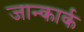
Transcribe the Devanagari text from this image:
जान्कार्क